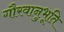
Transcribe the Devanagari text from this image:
गौरवानुभूति